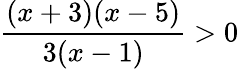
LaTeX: \frac{(x+3)(x-5)}{3(x-1)}>0